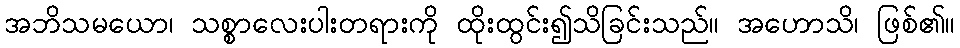
အဘိသမယော၊ သစ္စာလေးပါးတရားကို ထိုးထွင်း၍သိခြင်းသည်။ အဟောသိ၊ ဖြစ်၏။